Annual report on the working of the mental hospitals in the Madras Presidency - 1912-1932
Year: 1912
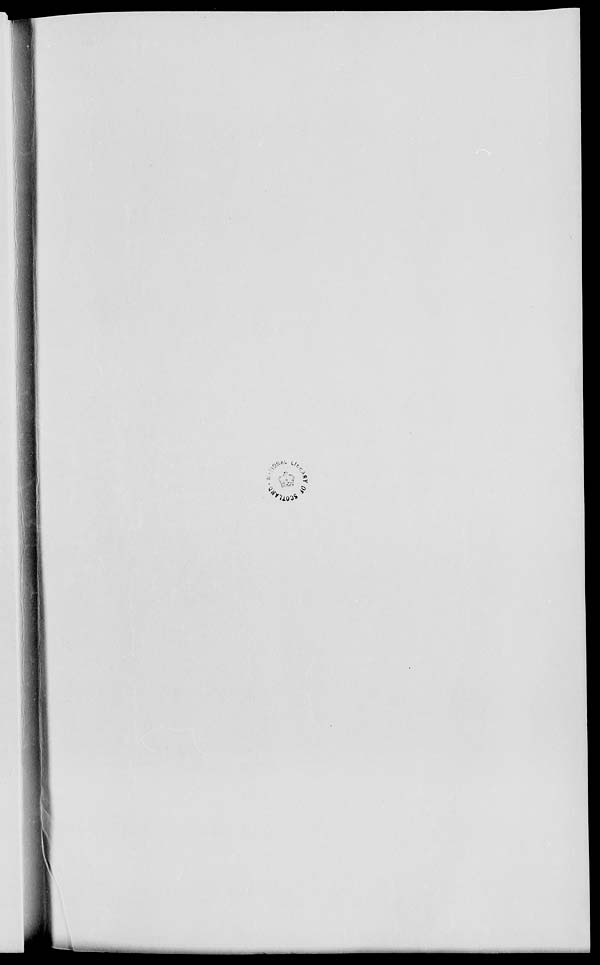
I«
.>'.'-'•••- <•/..